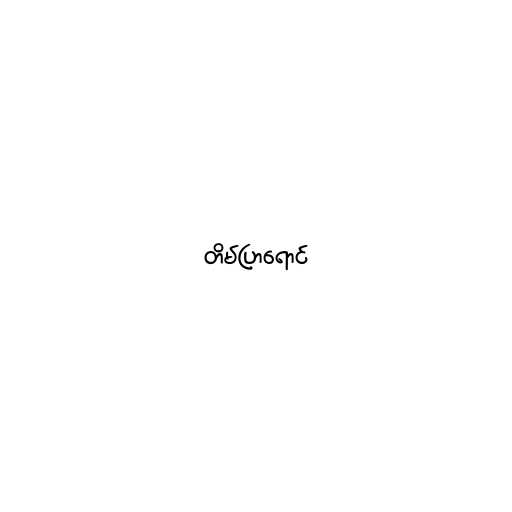
တိမ်ပြာရောင်